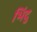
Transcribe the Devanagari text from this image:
भिंदु